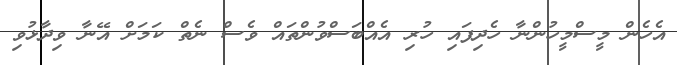
އެހެން މީސްމީހުންނާ ހެދިފައި ހުރި އެއްބަސްވުންތައް ވެސް ނެތް ކަމަށް އޭނާ ވިދާޅުވި